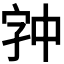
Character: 𫡉